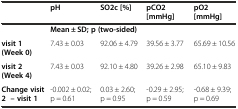
|  | pH | SO2c [%] | pCO2 [mmHg] | pO2 [mmHg] |
 | --- | --- | --- | --- | --- |
 |  | <COLSPAN=4> Mean ± SD; p (two-sided) |
 | visit 1(Week 0) | 7.43 ± 0.03 | 92.06 ± 4.79 | 39.56 ± 3.77 | 65.69 ± 10.56 |
 | visit 2(Week 4) | 7.43 ± 0.03 | 92.10 ± 4.80 | 39.26 ± 2.98 | 65.10 ± 9.83 |
 | Change visit 2– visit 1 | -0.002 ± 0.02; p = 0.61 | 0.03 ± 2.60; p = 0.95 | -0.29 ± 2.95; p = 0.59 | -0.68 ± 9.39; p = 0.69 |